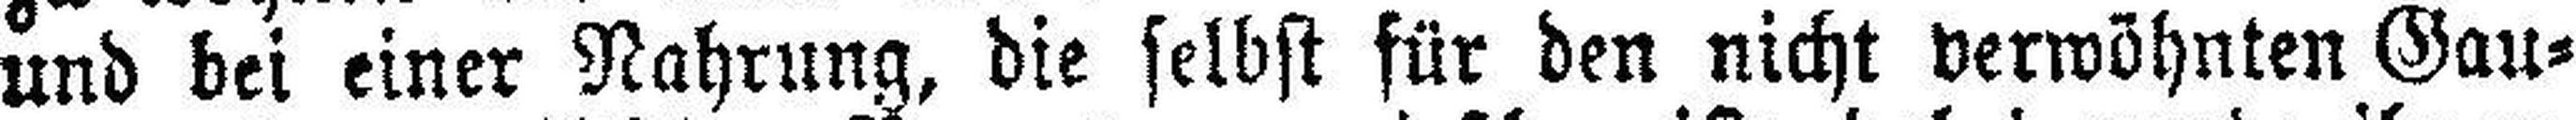
und bei einer Nahrung, die selbst für den nicht verwöhnten Gau¬